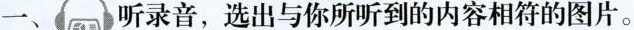
一、听录音，选出与你所听到的内容相符的图片。